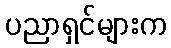
ပညာရှင်များက